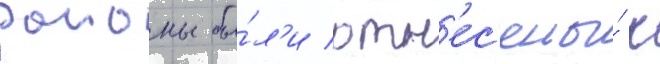
раионы бы́л'и отн'ес'ены́ к